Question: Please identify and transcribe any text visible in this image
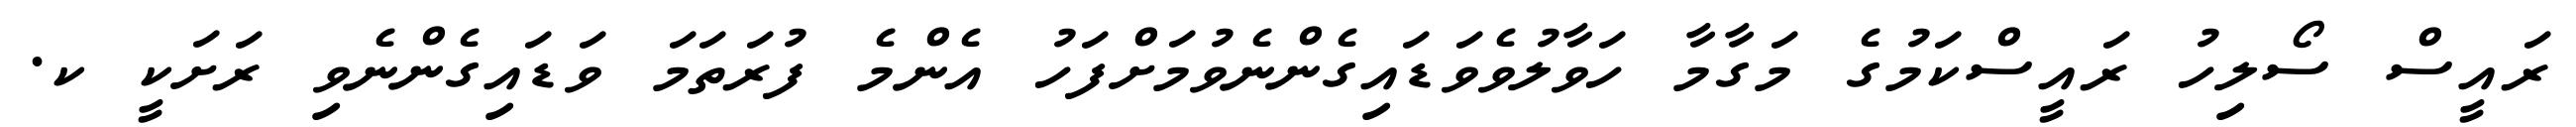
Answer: ރައީސް ސޯލިހު ރައީސްކަމުގެ މަގާމާ ހަވާލުވެވަޑައިގެންނެވުމަށްފަހު އެންމެ ފުރަތަމަ ވަޑައިގެންނެވި ރަށަކީ ކ.